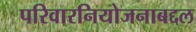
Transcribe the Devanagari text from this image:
परिवारनियोजनाबद्दल